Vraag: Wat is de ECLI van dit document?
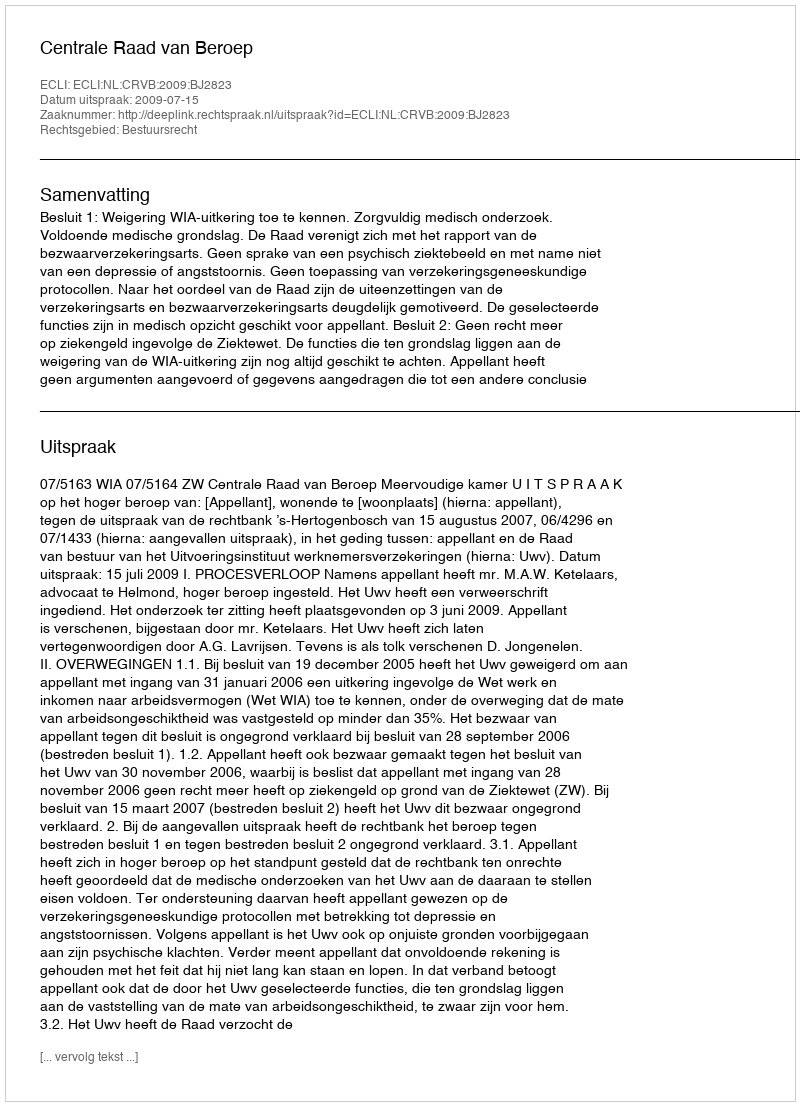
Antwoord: ECLI:NL:CRVB:2009:BJ2823